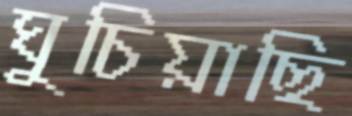
ঘুচিয়াছি